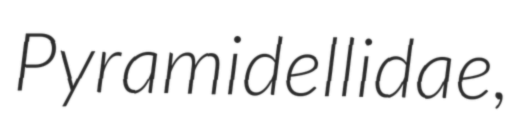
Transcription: Pyramidellidae,